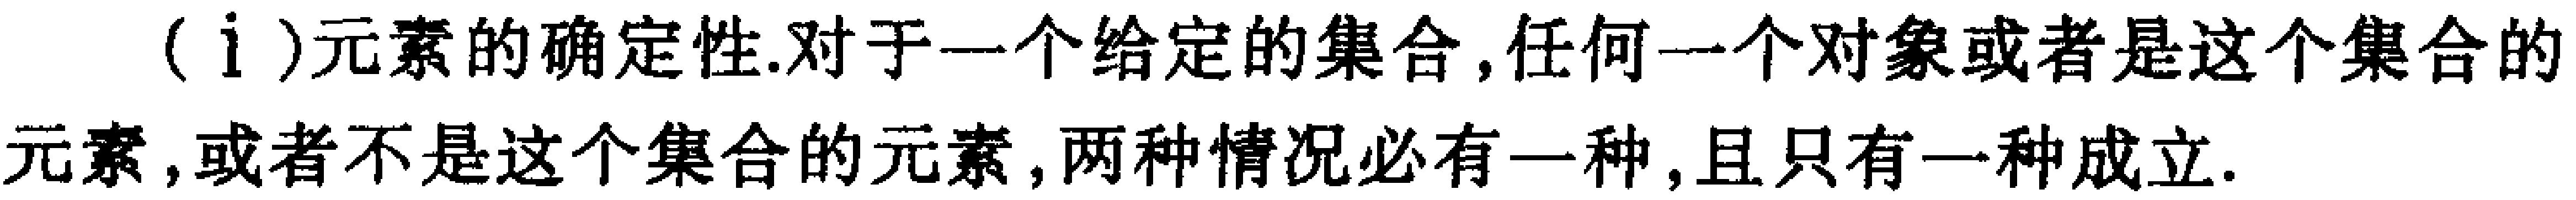
（i）元素的确定性.对于一个给定的集合,任何一个对象或者是这个集合的元素,或者不是这个集合的元素,两种情况必有一种,且只有一种成立.